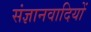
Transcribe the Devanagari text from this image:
संज्ञानवादियों